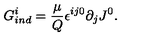
G _ { i n d } ^ { i } = \frac { \mu } { Q } { \epsilon } ^ { i j 0 } \partial _ { j } J ^ { 0 } .